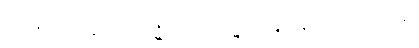
ပညာရှိသောအခါ၍။ ကောဋိသတာ၊ ကုဋေအရာမျှကုန်သော။ အရဟန္တော၊